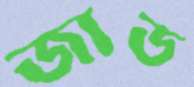
জাড